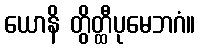
ယောနိ တွိတ္ထီပုမေဘဂံ။